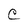
Character: C